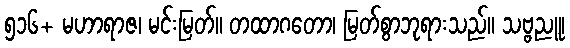
၅၁၆+ မဟာရာဇ၊ မင်းမြတ်။ တထာဂတော၊ မြတ်စွာဘုရားသည်။ သဗ္ဗညူ၊